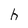
Character: h